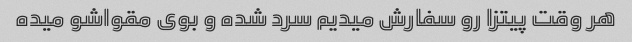
هر وقت پیتزا رو سفارش میدیم سرد شده و بوی مقواشو میده